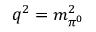
q ^ { 2 } = m _ { \pi ^ { 0 } } ^ { 2 }